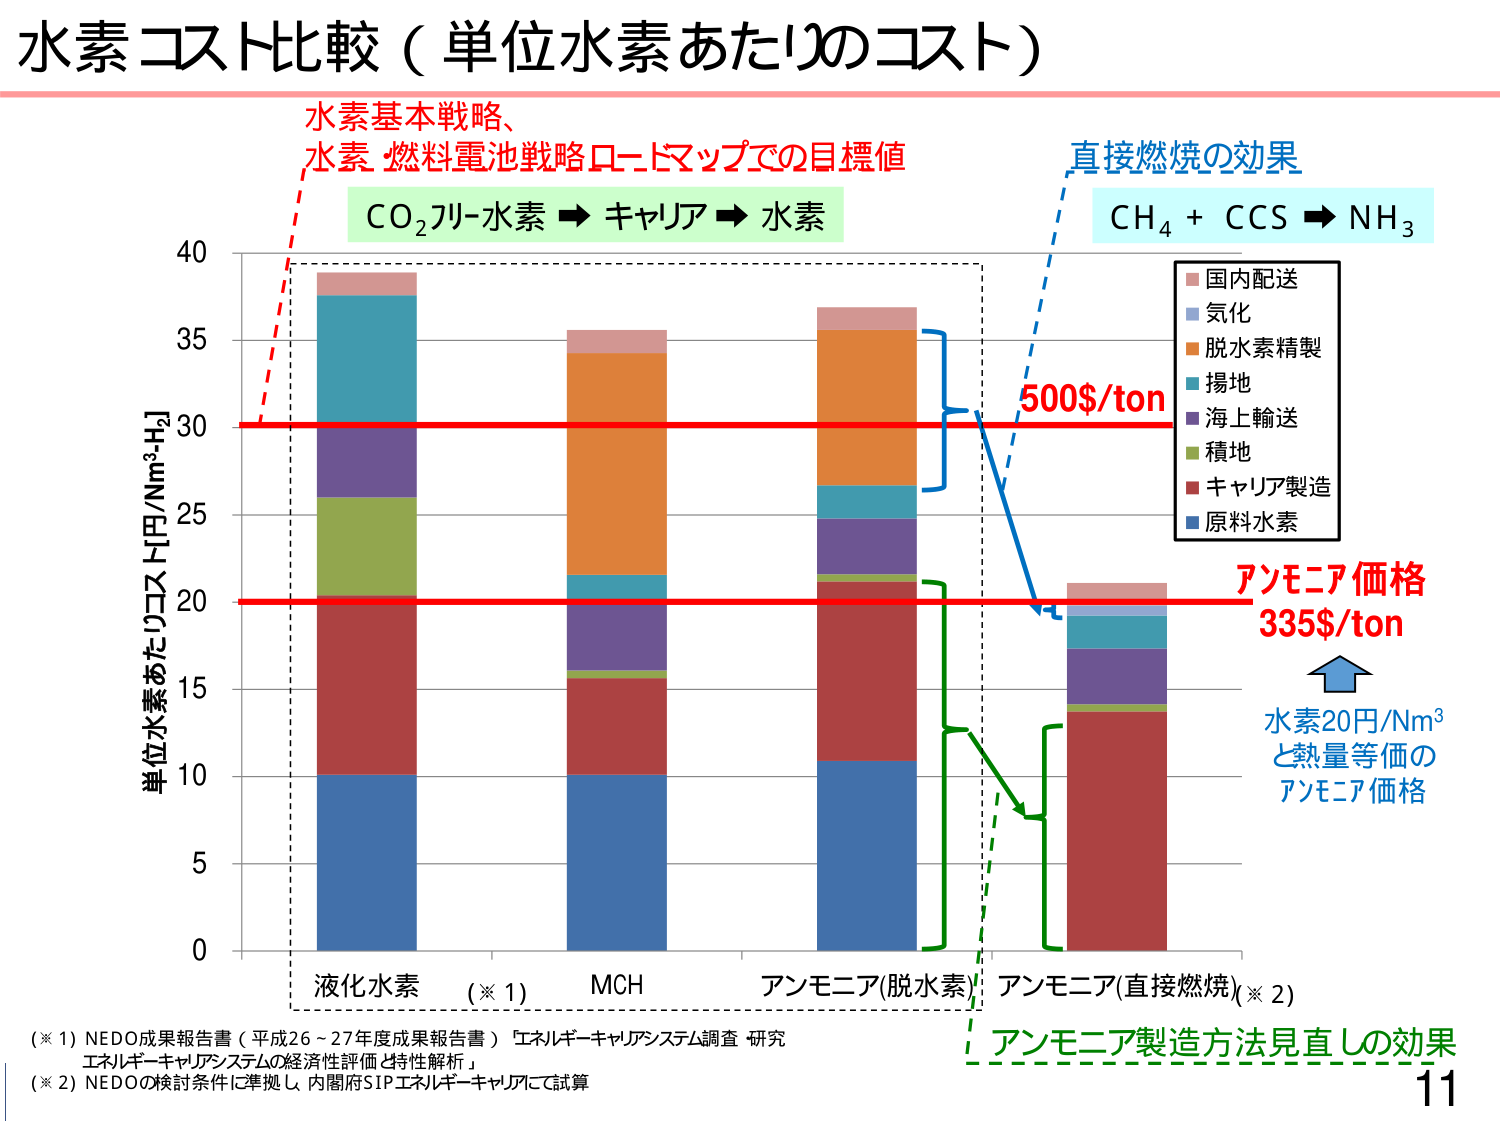
水素コスト比較（単位水素あたりのコスト）

水素基本戦略、
水素燃料電池戦略ロードマップでの目標値

CO₂リーチ水素 → キャリア → 水素

直接燃焼の効果
CH₄ + CCS → NH₃

単位水素あたりコスト[円/Nm³-H₂]
0
5
10
15
20
25
30
35
40

国内配送
気化
脱水素精製
揚地
海上輸送
積地
キャリア製造
原料水素

液化水素 （※1）
MCH
アンモニア(脱水素)
アンモニア(直接燃焼)（※2）

500$/ton

アンモニア価格
335$/ton

水素20円/Nm³
と熱量等価の
アンモニア価格

（※1）NEDO成果報告書（平成26～27年度成果報告書）「エネルギーキャリアシステム調査 研究
エネルギーキャリアシステムの経済性評価と特性解析」

（※2）NEDOの検討条件に準拠し、内閣府SIPエネルギーキャリアにて試算

アンモニア製造方法見直しの効果

11